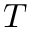
T